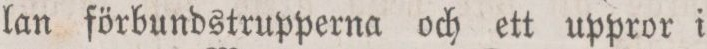
lan förbundstrupperna och ett uppror i